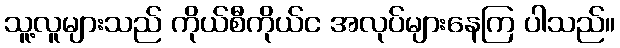
သူ့လူများသည် ကိုယ်စီကိုယ်င အလုပ်များနေကြ ပါသည်။